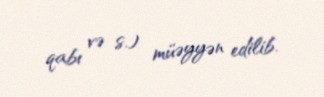
qabı və s.) müəyyən edilib.